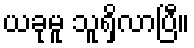
ယခုမူ သူရှိလာပြီ။